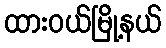
ထားဝယ်မြို့နယ်